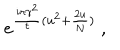
e ^ { { \frac { i \pi \gamma ^ { 2 } } { \tau } } ( u ^ { 2 } + { \frac { 2 u } { N } } ) } \ ,